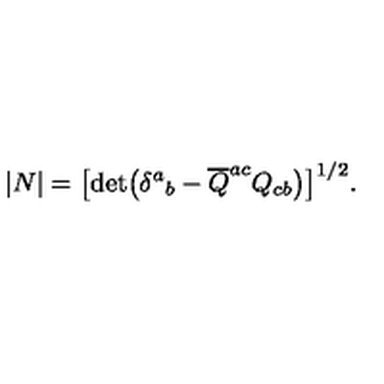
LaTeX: | N | = \bigl [ \det \bigl ( \delta ^ { a } { } _ { b } - { \overline { Q } } ^ { a c } Q _ { c b } \bigr ) \bigr ] ^ { 1 / 2 } .